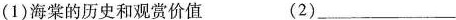
(1)海棠的历史和观赏价值(2)___